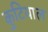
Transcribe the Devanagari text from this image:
कुटियाल